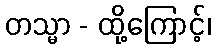
တသ္မာ - ထို့ကြောင့်၊